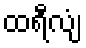
ထရီလျံ